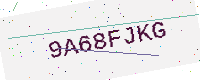
Text: 9A68FJKG